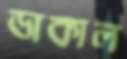
ডাকাল